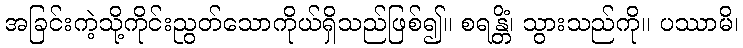
အခြင်းကဲ့သို့ကိုင်းညွတ်သောကိုယ်ရှိသည်ဖြစ်၍။ စရန္တိံ၊ သွားသည်ကို။ ပဿာမိ၊